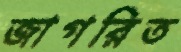
জাগরিত